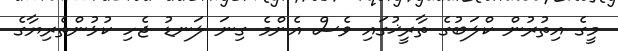
މީގެ އިތުރުން ކްލަބުގެ ތާރީޚުގައި ވެސް އެންމެ ގިނަ ލަނޑު ޖެހި ކުޅުންތެރިޔާގެ